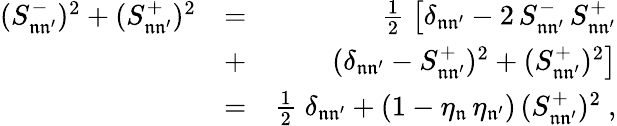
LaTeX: \begin{array}{rlr}{(S_{\mathfrak{n}\mathfrak{n^{\prime}}}^{-})^{2}+(S_{\mathfrak{n}\mathfrak{n^{\prime}}}^{+})^{2}}&{=}&{\frac{1}{2}\; \big[\delta_{\mathfrak{n}\mathfrak{n^{\prime}}}-2\, S_{\mathfrak{n}\mathfrak{n^{\prime}}}^{-}\, S_{\mathfrak{n}\mathfrak{n^{\prime}}}^{+}}\\ &{+}&{(\delta_{\mathfrak{n}\mathfrak{n^{\prime}}}-S_{\mathfrak{n}\mathfrak{n^{\prime}}}^{+})^{2}+(S_{\mathfrak{n}\mathfrak{n^{\prime}}}^{+})^{2}\big]}\\ &{=}&{\frac{1}{2}\; \delta_{\mathfrak{n}\mathfrak{n^{\prime}}}+(1-\eta_{\mathfrak{n}}\, \eta_{\mathfrak{n^{\prime}}})\, (S_{\mathfrak{n}\mathfrak{n^{\prime}}}^{+})^{2}\ ,}\end{array}